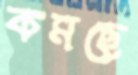
কমছে